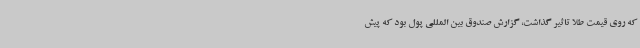
که روی قیمت طلا تاثیر گذاشت، گزارش صندوق بین المللی پول بود که پیش